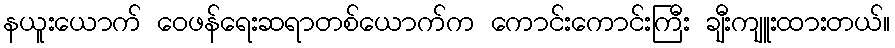
နယူးယောက် ဝေဖန်ရေးဆရာတစ်ယောက်က ကောင်းကောင်းကြီး ချီးကျူးထားတယ်။